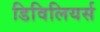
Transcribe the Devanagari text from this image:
डिविलियर्स